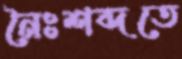
নৈঃশব্দতে